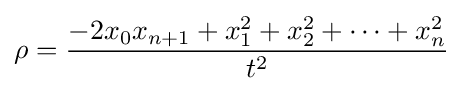
\rho ={\frac {-2x_{0}x_{n+1}+x_{1}^{2}+x_{2}^{2}+\cdots +x_{n}^{2}}{t^{2}}}